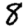
Digit: 8